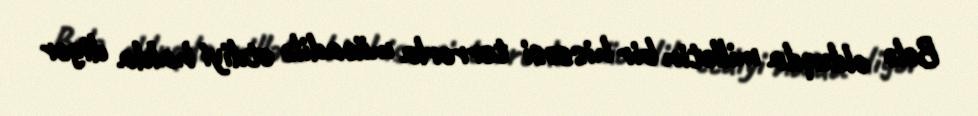
Belə olduqda millətin bir hissəsi terrorla mücadilə etdiyi halda digər